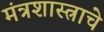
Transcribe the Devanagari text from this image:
मंत्रशास्त्राचे